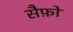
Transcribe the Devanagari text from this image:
सैफ़ो